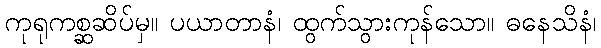
ကုရုကစ္ဆဆိပ်မှ။ ပယာတာနံ၊ ထွက်သွားကုန်သော။ ဓနေသိနံ၊